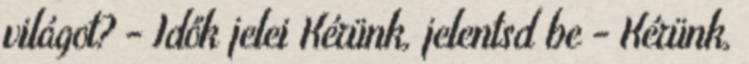
világot? - Idők jelei Kérünk, jelentsd be - Kérünk,